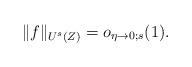
LaTeX: \begin{align*} \|f\|_{U^s(Z)}= o_{\eta\to 0;s}(1).\end{align*}